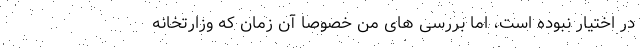
در اختیار نبوده است، اما بررسی های من خصوصاً آن زمان که وزارتخانه